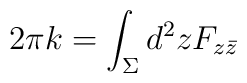
2\pi k=\int_\Sigma d^2z F_{z\bar z}